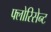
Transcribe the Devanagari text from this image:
फ्लोरिसेन्ट